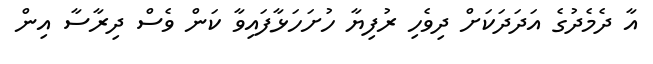
އާ ދެމެދުގެ އަދަދަކަށް ދިވެހި ރުފިޔާ ހުށަހަޅާފައިވާ ކަން ވެސް ދިރާސާ އިން